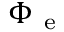
\Phi _ { \mathrm { ~ e ~ } }